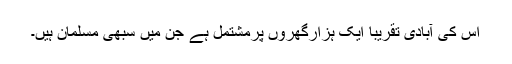
اس کی آبادی تقریباً ایک ہزارگھروں پرمشتمل ہے جن میں سبھی مسلمان ہیں۔